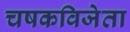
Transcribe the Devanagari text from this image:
चषकविजेता